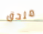
ملحق